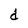
Character: d